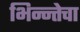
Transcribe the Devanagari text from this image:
भिन्न्तेचा